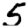
Digit: 5